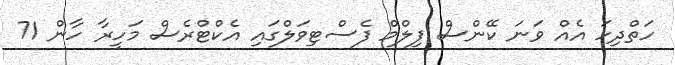
ހަތްދިހަ އެއް ވަނަ ކޭންސް ފިލްމް ފެސްޓިވަލްގައި އެކްޓްރެސް މަހީރާ ހާން 71